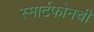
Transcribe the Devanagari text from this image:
स्मार्टफोनची